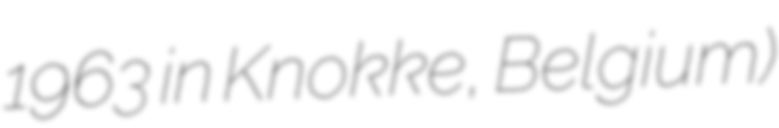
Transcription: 1963 in Knokke, Belgium)